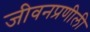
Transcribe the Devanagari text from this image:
जीवनप्रणीली